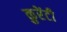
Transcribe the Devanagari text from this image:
कुरेंटी